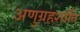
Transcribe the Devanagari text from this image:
अणुग्रहशांति